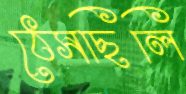
ঠেসছিলি